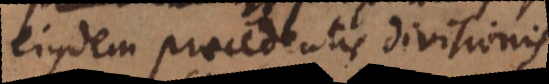
ejusdem praecedentis divisionis.